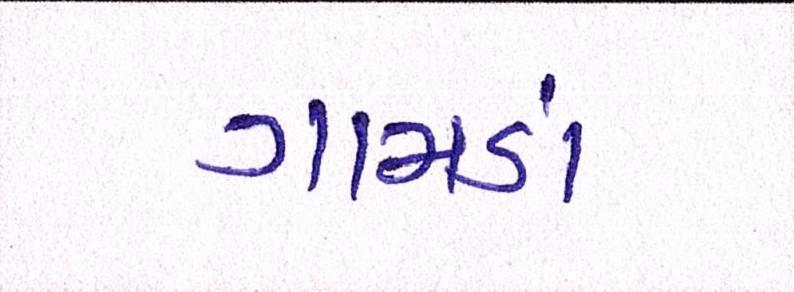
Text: ગામડાં